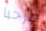
مرحبا